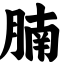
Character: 腩